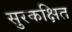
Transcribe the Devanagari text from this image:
सुरकक्षित